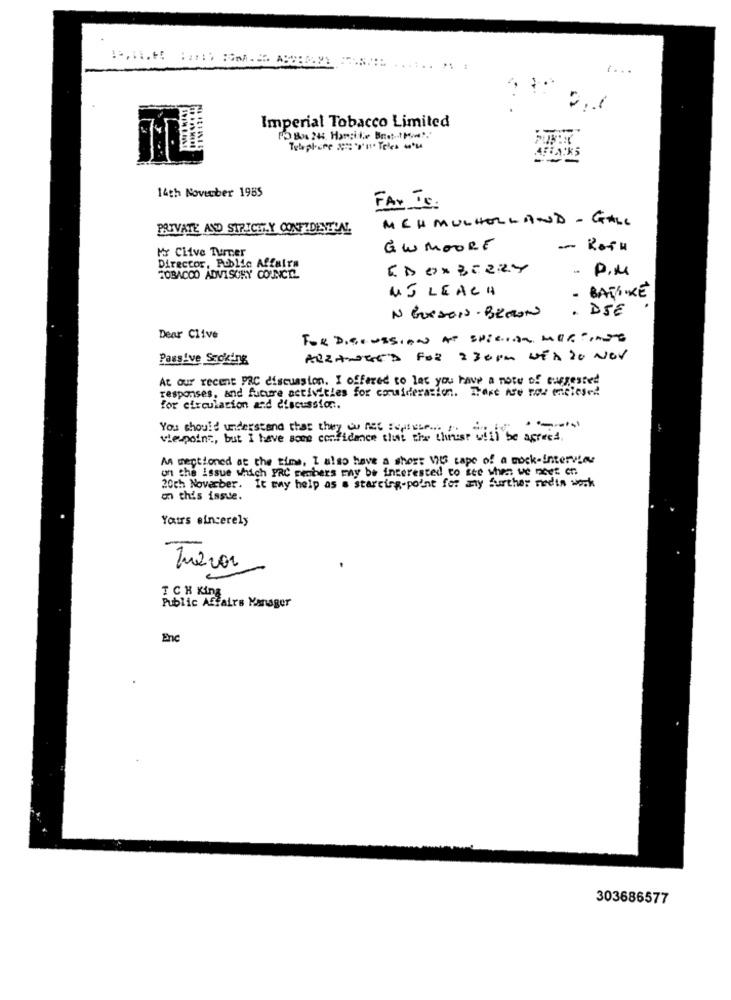
1 ...
Imperial Tobacco Limited
14th November 1985
FAX Is.
MCH MULHOLLAND - GALL
PRIVATE AND STRICTLY CONFIDENTIAL
Mo Clive Turner
GW MOORE
- ROTH
Director, Public Affairs
EDOXBERRY
. P.M
TOBACCO ADVISORY COUNCIL
UJ LEACH
- BAVIXE
. DIE
N GXsois . BRMON
Dear Clive
FOR DISCUSSION AT SPIELDE MUSTANG
Passive Scoking
ARRANGED FOR :30 PM VED 20 NOV
At our recent PRC discussion. I offered to lat you have a note of expressed
responses, and future activities for consideration. There Are now enclosed!
for circulation and discussion ..
You should understand that they do not Foruse ... . .
---
viewpoint, but I have some confidence that the thrust will be agress.
An mentioned at the time, I also have a short VHS cape of a mock-interview
on the Issue which PRC members may be interested to see when we need en.
20ch November. It may help as a starting-point for any further media work
on this issue.
Yours sincerely
Public Affairs Manager
TCH King
Enc
303686577